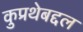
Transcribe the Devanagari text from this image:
कुप्रथेबद्दल